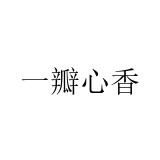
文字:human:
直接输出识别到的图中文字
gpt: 一瓣心香